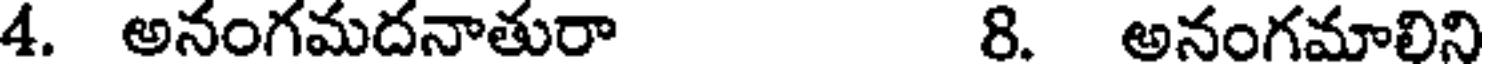
4. అనంగమదనాతురా 8. అనంగమాలిని